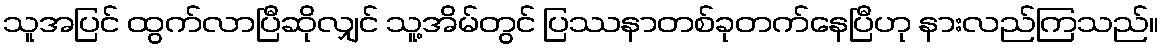
သူအပြင် ထွက်လာပြီဆိုလျှင် သူ့အိမ်တွင် ပြဿနာတစ်ခုတက်နေပြီဟု နားလည်ကြသည်။